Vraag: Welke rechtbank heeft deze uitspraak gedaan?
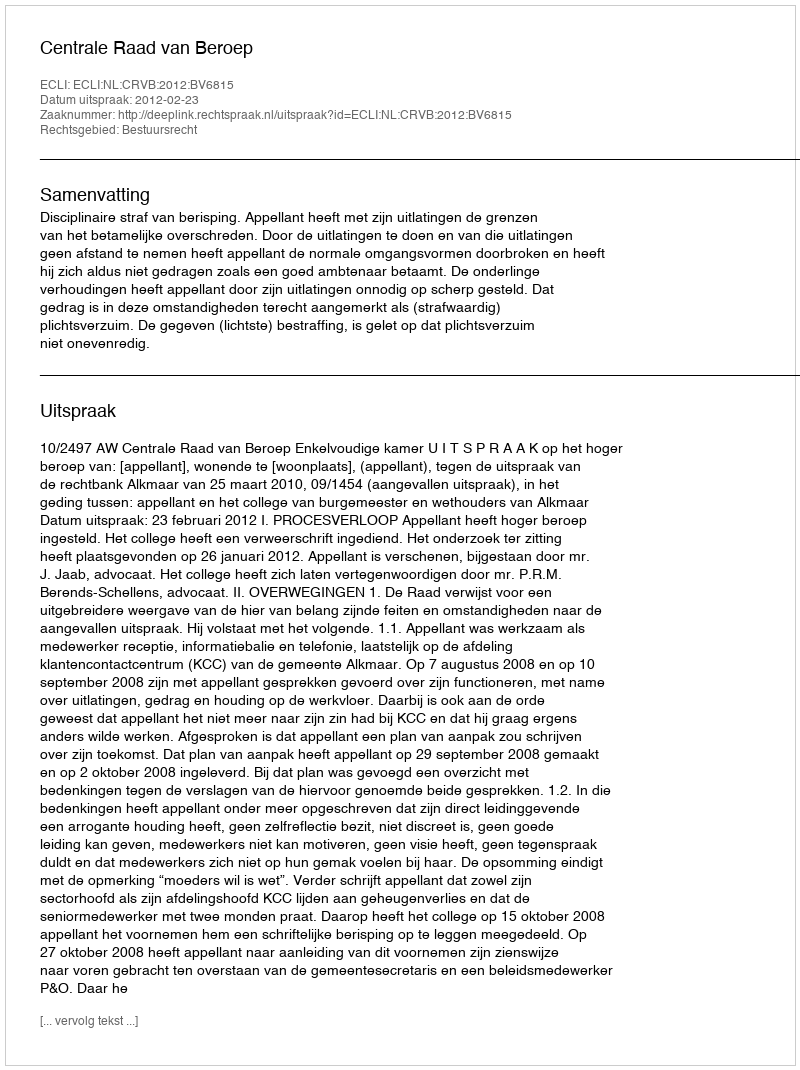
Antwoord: Centrale Raad van Beroep